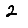
Digit: 2